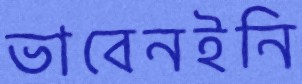
ভাবেনইনি